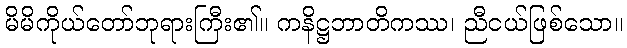
မိမိကိုယ်တော်ဘုရားကြီး၏။ ကနိဋ္ဌဘာတိကဿ၊ ညီငယ်ဖြစ်သော။